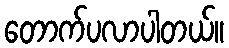
တောက်ပလာပါတယ်။